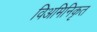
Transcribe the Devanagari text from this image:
विअमिनिकृत